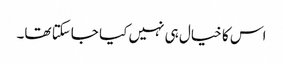
اس کا خیال ہی نہیں کیا جاسکتا تھا۔